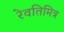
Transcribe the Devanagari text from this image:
रेवतिमित्र